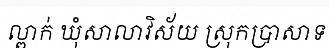
ល្ពាក់ ឃុំសាលាវិស័យ ស្រុកប្រាសាទ